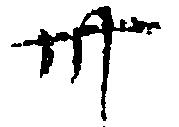
卅